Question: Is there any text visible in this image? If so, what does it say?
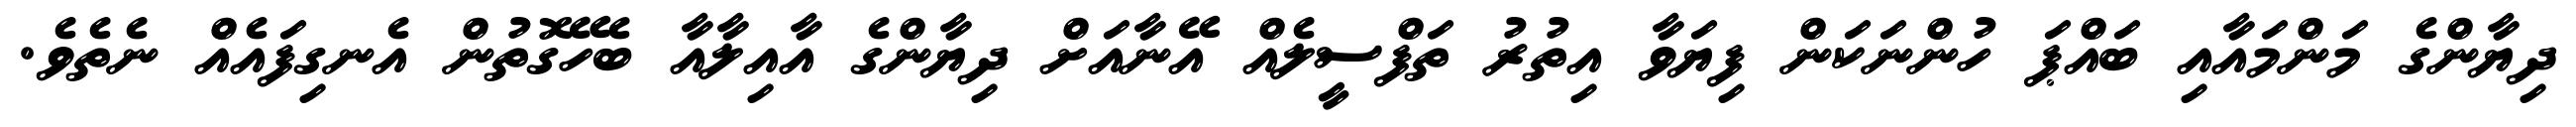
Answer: ދިޔާންގެ މަންމައާއި ބައްޕަ ހުންނަކަން ފިޔަވާ އިތުރު ތަފްސީލެއް އޭނާއަށް ދިޔާންގެ އާއިލާއާ ބެހޭގޮތުން އެނގިފައެއް ނެތެވެ.